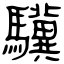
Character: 驥